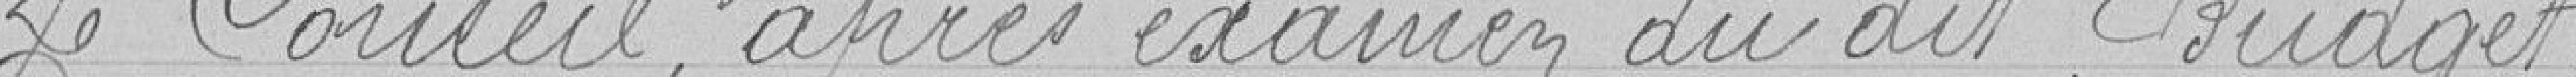
Le Conseil, après examen du dit budget